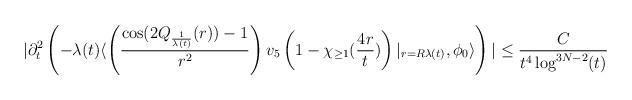
LaTeX: \begin{align*} |\partial_{t}^{2}\left(-\lambda(t) \langle \left(\frac{\cos(2Q_{\frac{1}{\lambda(t)}}(r))-1}{r^{2}}\right)v_{5}\left(1-\chi_{\geq 1}(\frac{4r}{t})\right)\vert_{r=R\lambda(t)},\phi_{0}\rangle\right)| \leq \frac{C}{t^{4}\log^{3N-2}(t)} \end{align*}